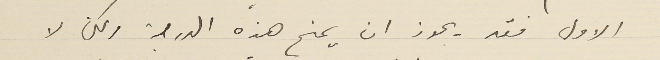
الاول فقد يجوز ان يمنح هذه الدرجة ولكن لا